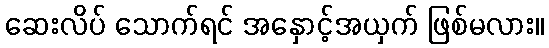
ဆေးလိပ် သောက်ရင် အနှောင့်အယှက် ဖြစ်မလား။